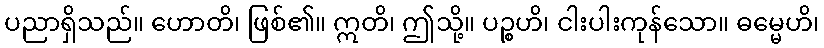
ပညာရှိသည်။ ဟောတိ၊ ဖြစ်၏။ ဣတိ၊ ဤသို့။ ပဉ္စဟိ၊ ငါးပါးကုန်သော။ ဓမ္မေဟိ၊